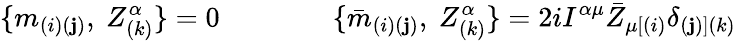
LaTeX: \{ m_{(i)(\mathbf{j})},\ Z_{(k)}^{\alpha}\} =0\qquad\qquad\{ {\bar{{m}}}_{(i)(\mathbf{j})},\ Z_{(k)}^{\alpha}\} =2iI^{\alpha\mu}{\bar{{Z}}}_{\mu[(i)}\delta_{(\mathbf{j})](k)}